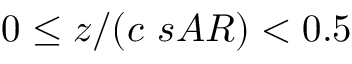
0 \le z / ( c \ s A R ) < 0 . 5